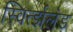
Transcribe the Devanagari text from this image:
स्विर्त्झलंड